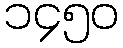
၁၄၅၀